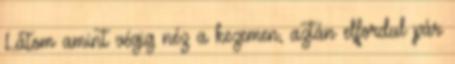
Látom amint végig néz a kezemen, aztán elfordul pár